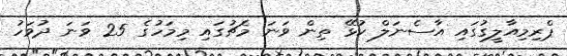
ޕްރިމިއާލީގުގައި އާސެނަލް ކުޅޭ ތިން ވަނަ މެޗުގައި މިމަހުގެ 25 ވަނަ ދުވަހު